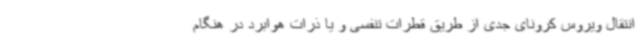
انتقال ویروس کرونای جدی از طریق قطرات تنفسی و یا ذرات هوابرد در هنگام